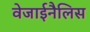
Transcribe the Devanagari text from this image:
वेजाईनैलिस